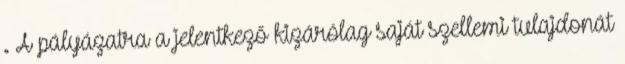
. A pályázatra a jelentkező kizárólag saját szellemi tulajdonát